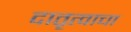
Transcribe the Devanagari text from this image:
दातृत्वाचा